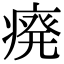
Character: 㾱